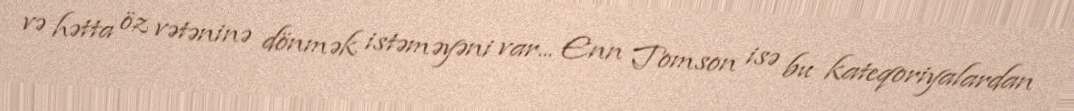
və hətta öz vətəninə dönmək istəməyəni var... Enn Tomson isə bu kateqoriyalardan